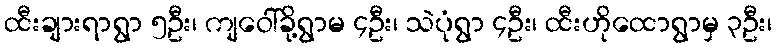
ထီးချားရာရွာ ၅ဦး၊ ကျဝေါ်ခို့ရွာမ ၄ဦး၊ သဲပုံရွာ ၄ဦး၊ ထီးဟိုထောရွာမှ ၃ဦး၊